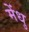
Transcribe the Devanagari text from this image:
मेंधु